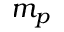
m _ { p }